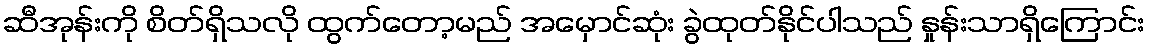
ဆီအုန်းကို စိတ်ရှိသလို ထွက်တော့မည် အမှောင်ဆုံး ခွဲထုတ်နိုင်ပါသည် နှုန်းသာရှိကြောင်း